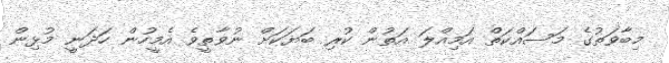
މިބާވަތުގެ މަސައްކަތް އަމިއްލަ އަތުން ކުރި ބަޔަކަށް ނުވާތީވެ އެމީހުން ހަދަނީ މުޅިން